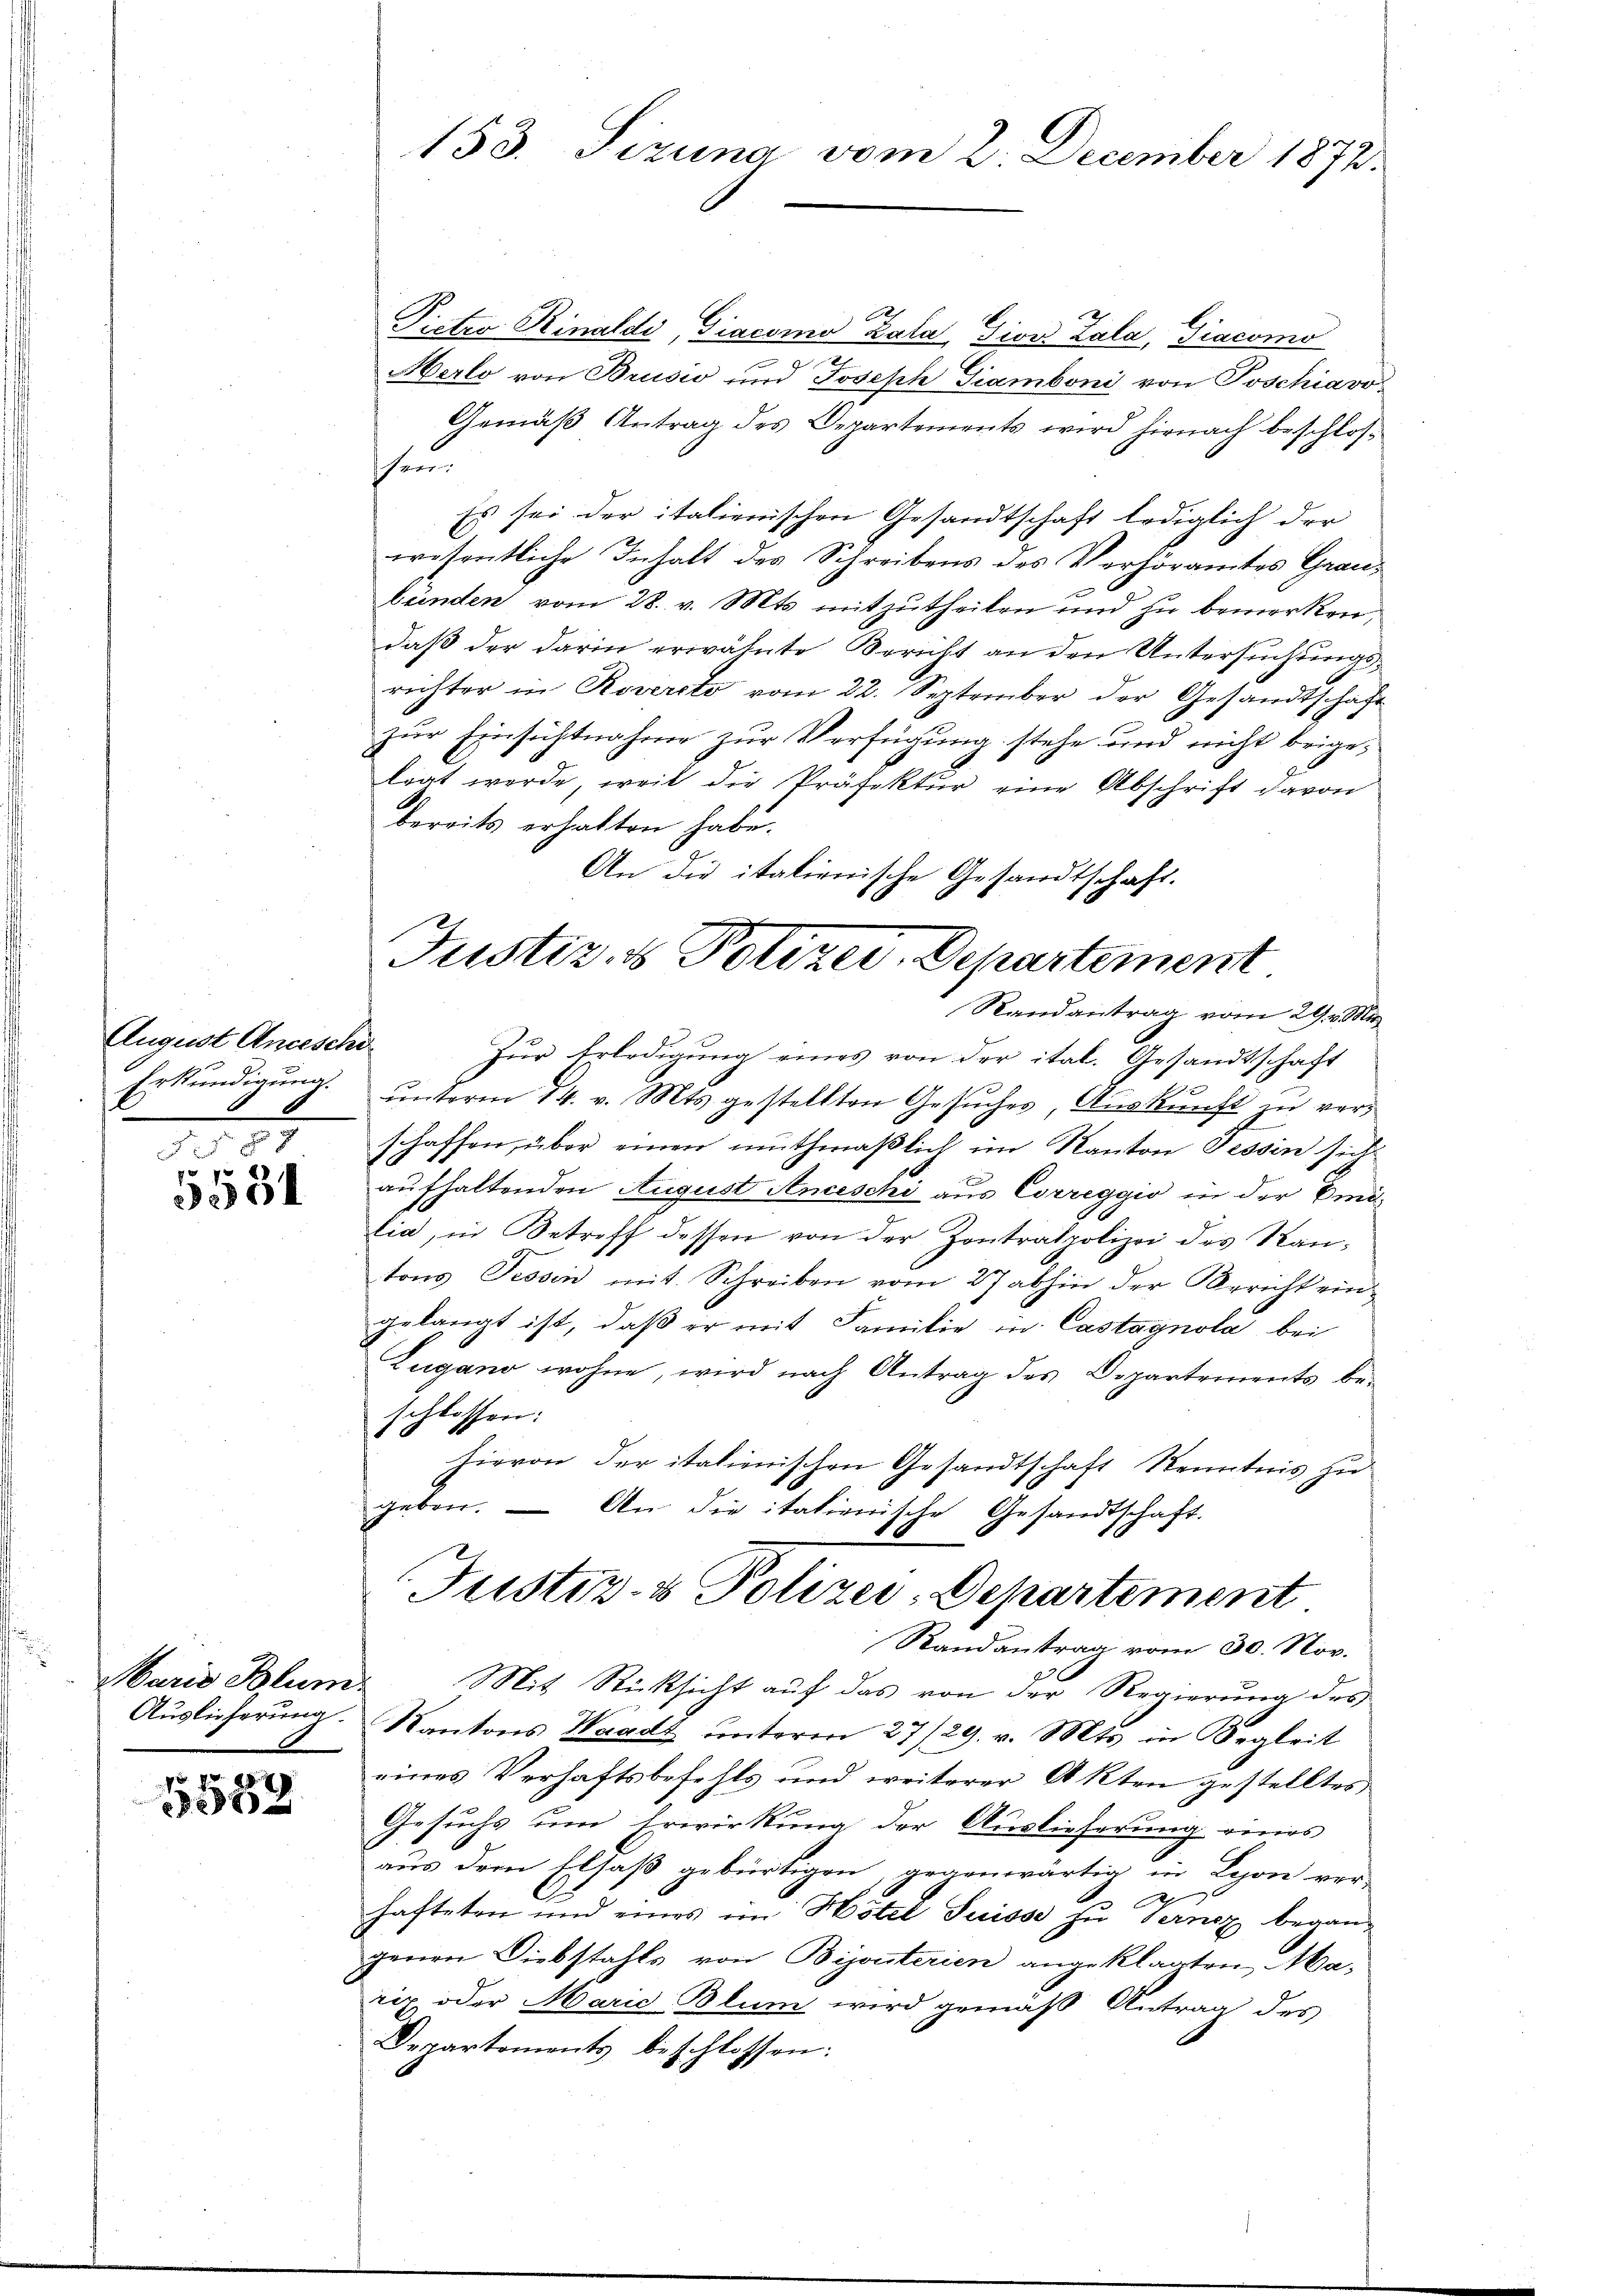
August Anceschi
Erkundigung.

158
5534

Maris Blum

5539

Picter Rinaldo, Giacomo Zala, Giov Zala, Giacomo
Merlo von Brusio und Joseph Giamboni von Poschiavo¬
Gemäß Antrag des Departements wird hirnach beschloshun
Es sei der italienischen Gesandtschaft lediglich der
wesentliche Inhalt des Schreibens des Verhöramtes Graubenden vom 28. v. Mts. mitzutheilen und zu bemerken,
daß der darin erwähnte Bericht an den Untersuchungsrichter in Rovercto vom 22. September der Gesandtschäft
zur Einsichtnahme zur Verfügung stehe und nicht beigeligt werde, weil die Präfektur eine Abschrift davon
bereits erhalten habe.
An die italienische Gesandtschaft.
Zur Erledigung eines von der ital. Gesandtschaft
ŭnterm 14. v. Mts. gestellten Gesŭches, Aŭskŭnft zŭ verschaffen, über einen muthmaßlich im Kanton Tessin sich
.
aufhaltenden August Anceschi aus Correggio in der Eini
lia, in Betreff dessen von der Zontralpolizei des Rautons Tessin mit Schreiben vom 27 abhin der Bericht ein
gelangt ist, daß er mit Familie in Castagnola bei
Zugano wohne, wird nach Antrag des Departements be-
schlossen:
hievon der italienischen Gesandtschaft Kenntnis zu
geben. — An die itationische Gesandtschaft.
Justiz- & Polizei-Departement
Randantrag vom 30. Nov.
Mit Rücksicht auf das von der Regierung des
Auslieferung. Kantons Waadt ŭnterm 27/29. v. Mts. in Regleit
eines Verhaftsbefehls und weiterer Akten gestelltes
Gesuchs um Erwirkung der Auslieferung eines
aus dem Elsaß gebürtigen, gegenwärtig in Lyon ver-
hafteten und eines im Hotel Suisse zu Ternez begangenen Diebstahls von Bijouterien angeklagten Marip oder Marie Blum wird gemäß Antrag des
Departements beschlossen:

153. Sizung vom 2. December 1872.

Justiz- & Polizer. Departement
Randantrag vom 29. v. Mi